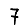
Digit: 7